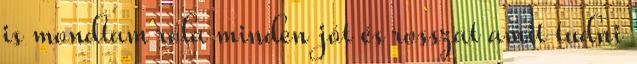
is mondtam róla minden jót és rosszat amit tudni